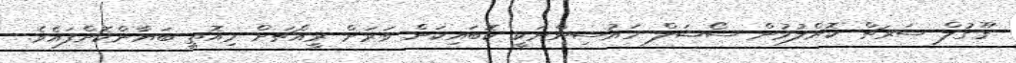
ގޫގުލް ސަރޗް ކޮށްލުމުން ސޯޝަލް ހައުސިންނަކީ ކޮބައިކަން ވަރަށް ރީއްޗަށް މިއޮތީ ބަޔާންކޮށްފައެވެ.